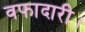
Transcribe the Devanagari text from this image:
वफादारी।